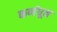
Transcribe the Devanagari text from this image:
कर्णधून